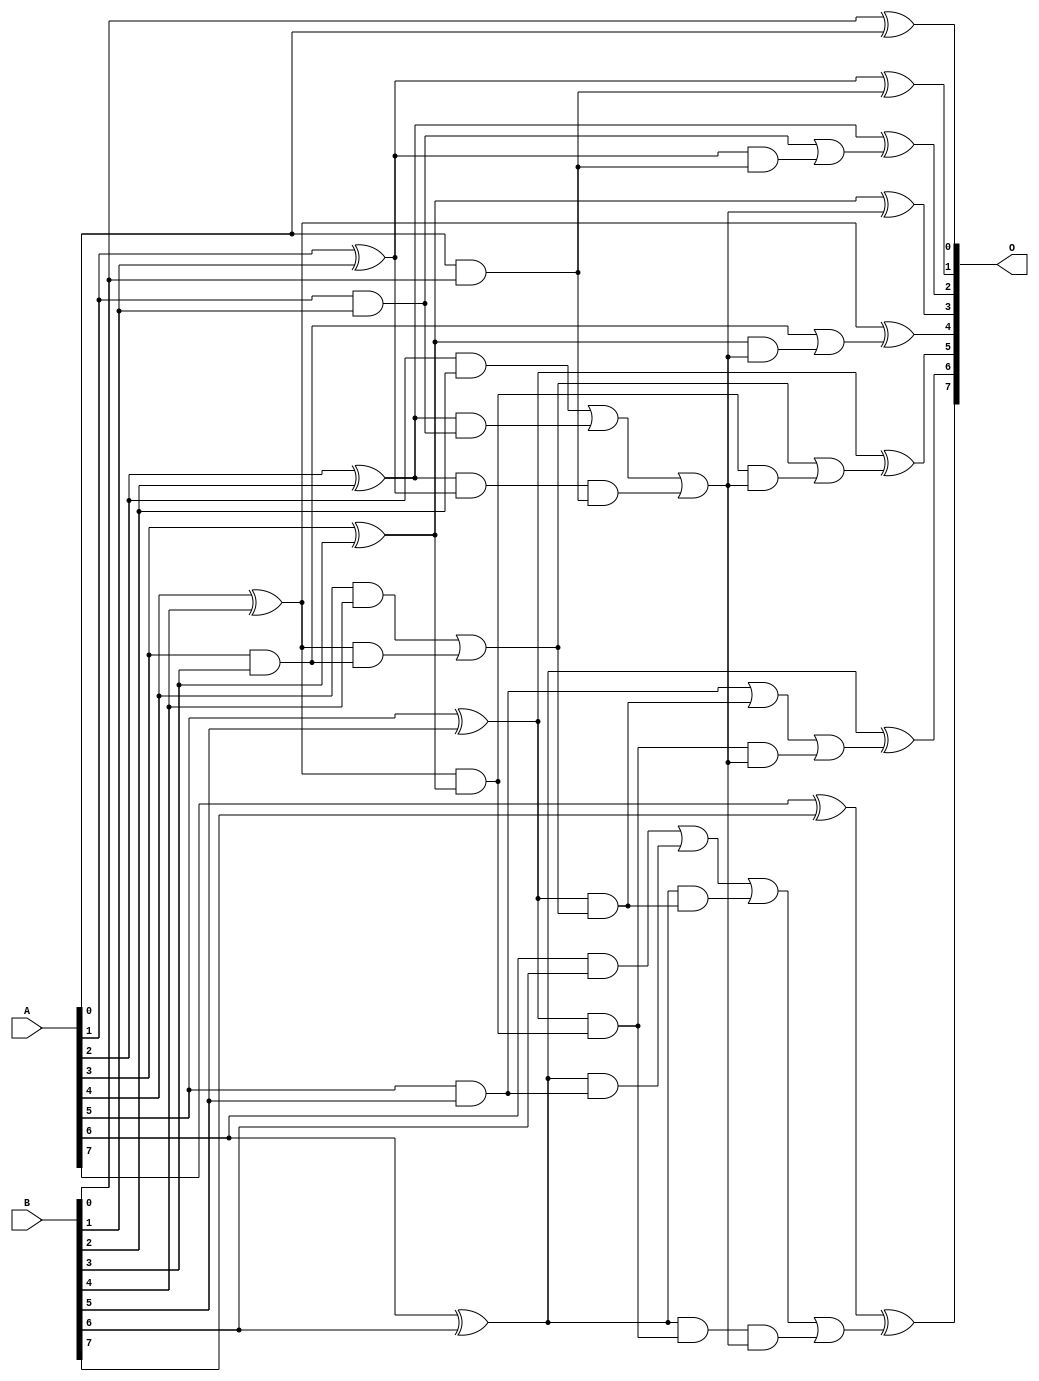
// This program was cloned from: https://github.com/ehw-fit/evoapproxlib
// License: MIT License

/***
* This code is a part of EvoApproxLib library (ehw.fit.vutbr.cz/approxlib) distributed under The MIT License.
* When used, please cite the following article(s): V. Mrazek, L. Sekanina, Z. Vasicek "Libraries of Approximate Circuits: Automated Design and Application in CNN Accelerators" IEEE Journal on Emerging and Selected Topics in Circuits and Systems, Vol 10, No 4, 2020 
* This file contains a circuit from a sub-set of pareto optimal circuits with respect to the pwr and mse parameters
***/
// MAE% = 0.00 %
// MAE = 0 
// WCE% = 0.00 %
// WCE = 0 
// WCRE% = 0.00 %
// EP% = 0.00 %
// MRE% = 0.00 %
// MSE = 0 
// PDK45_PWR = 0.034 mW
// PDK45_AREA = 70.4 um2
// PDK45_DELAY = 0.65 ns

module add8s_83C (
    A,
    B,
    O
);

input [7:0] A;
input [7:0] B;
output [7:0] O;

wire sig_16,sig_17,sig_18,sig_19,sig_20,sig_21,sig_22,sig_23,sig_24,sig_25,sig_26,sig_27,sig_28,sig_29,sig_30,sig_31,sig_32,sig_33,sig_34,sig_35;
wire sig_36,sig_37,sig_39,sig_40,sig_41,sig_42,sig_43,sig_44,sig_45,sig_46,sig_47,sig_48,sig_49,sig_50,sig_51,sig_52,sig_53,sig_54,sig_55,sig_56;
wire sig_57,sig_58,sig_59,sig_60,sig_61,sig_62,sig_63,sig_64;

assign sig_16 = A[0] & B[0];
assign sig_17 = B[0] ^ A[0];
assign sig_18 = A[1] & B[1];
assign sig_19 = A[1] ^ B[1];
assign sig_20 = A[2] & B[2];
assign sig_21 = A[2] ^ B[2];
assign sig_22 = A[3] & B[3];
assign sig_23 = A[3] ^ B[3];
assign sig_24 = A[4] & B[4];
assign sig_25 = A[4] ^ B[4];
assign sig_26 = A[5] & B[5];
assign sig_27 = A[5] ^ B[5];
assign sig_28 = A[6] & B[6];
assign sig_29 = A[6] ^ B[6];
assign sig_30 = A[7] ^ B[7];
assign sig_31 = sig_21 & sig_18;
assign sig_32 = sig_21 & sig_19;
assign sig_33 = sig_20 | sig_31;
assign sig_34 = sig_25 & sig_22;
assign sig_35 = sig_25 & sig_23;
assign sig_36 = sig_24 | sig_34;
assign sig_37 = sig_29 & sig_26;
assign sig_39 = sig_28 | sig_37;
assign sig_40 = sig_19 & sig_16;
assign sig_41 = sig_18 | sig_40;
assign sig_42 = sig_32 & sig_16;
assign sig_43 = sig_33 | sig_42;
assign sig_44 = sig_27 & sig_36;
assign sig_45 = sig_27 & sig_35;
assign sig_46 = sig_26 | sig_44;
assign sig_47 = sig_29 & sig_44;
assign sig_48 = sig_29 & sig_45;
assign sig_49 = sig_39 | sig_47;
assign sig_50 = sig_23 & sig_43;
assign sig_51 = sig_22 | sig_50;
assign sig_52 = sig_35 & sig_43;
assign sig_53 = sig_36 | sig_52;
assign sig_54 = sig_45 & sig_43;
assign sig_55 = sig_46 | sig_54;
assign sig_56 = sig_48 & sig_43;
assign sig_57 = sig_49 | sig_56;
assign sig_58 = sig_19 ^ sig_16;
assign sig_59 = sig_21 ^ sig_41;
assign sig_60 = sig_23 ^ sig_43;
assign sig_61 = sig_25 ^ sig_51;
assign sig_62 = sig_27 ^ sig_53;
assign sig_63 = sig_29 ^ sig_55;
assign sig_64 = sig_30 ^ sig_57;

assign O[7] = sig_64;
assign O[6] = sig_63;
assign O[5] = sig_62;
assign O[4] = sig_61;
assign O[3] = sig_60;
assign O[2] = sig_59;
assign O[1] = sig_58;
assign O[0] = sig_17;

endmodule